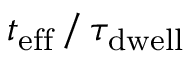
t _ { \mathrm { e f f } } \, / \, \tau _ { \mathrm { d w e l l } }